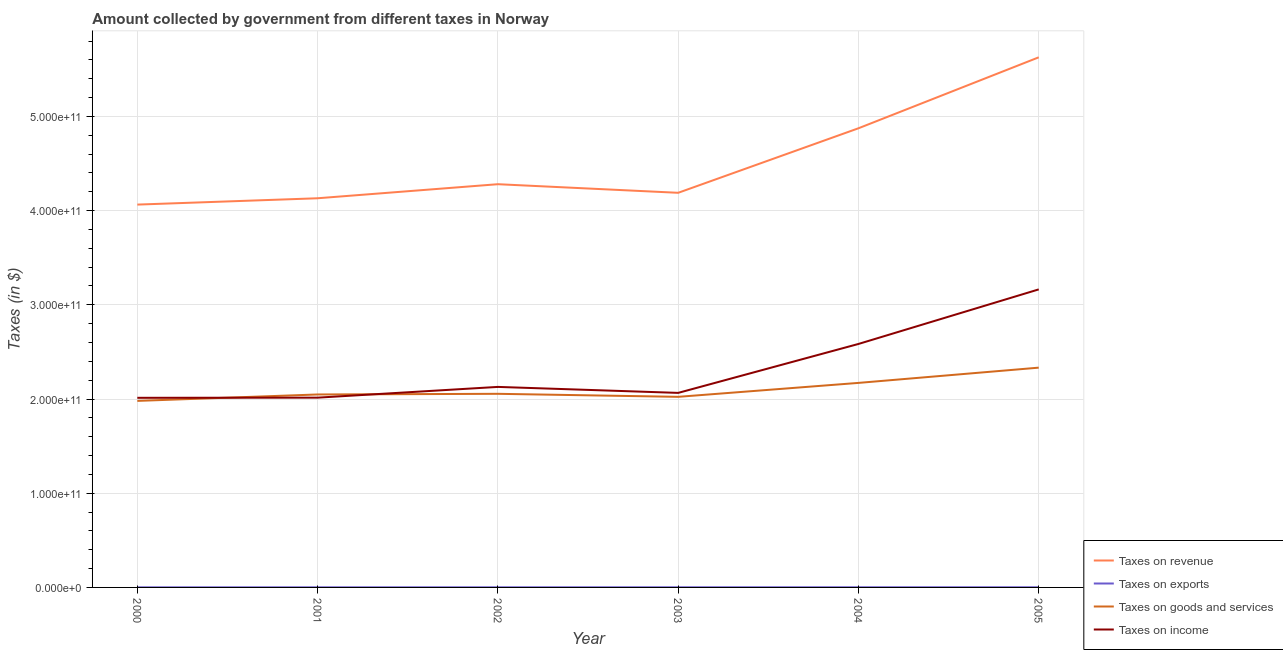
| Year | Taxes on revenue | Taxes on exports | Taxes on goods and services | Taxes on income |
 | --- | --- | --- | --- | --- |
 | 2000 | 4.06e+11 | 1.1e+08 | 1.98e+11 | 2.01e+11 |
 | 2001 | 4.13e+11 | 1.2e+08 | 2.05e+11 | 2.01e+11 |
 | 2002 | 4.28e+11 | 1.3e+08 | 2.06e+11 | 2.13e+11 |
 | 2003 | 4.19e+11 | 1.5e+08 | 2.02e+11 | 2.06e+11 |
 | 2004 | 4.87e+11 | 1.7e+08 | 2.17e+11 | 2.58e+11 |
 | 2005 | 5.63e+11 | 1.7e+08 | 2.33e+11 | 3.16e+11 |